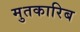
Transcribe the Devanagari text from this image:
मुतकारिब